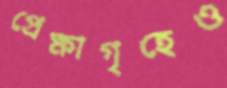
প্রেক্ষাগৃহেও